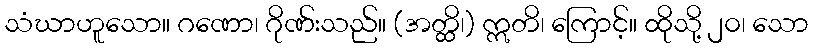
သံဃာဟူသော။ ဂဏော၊ ဂိုဏ်းသည်။ (အတ္ထိ၊) ဣတိ၊ ကြောင့်။ ထိုသို့ ၂၀၊ သော